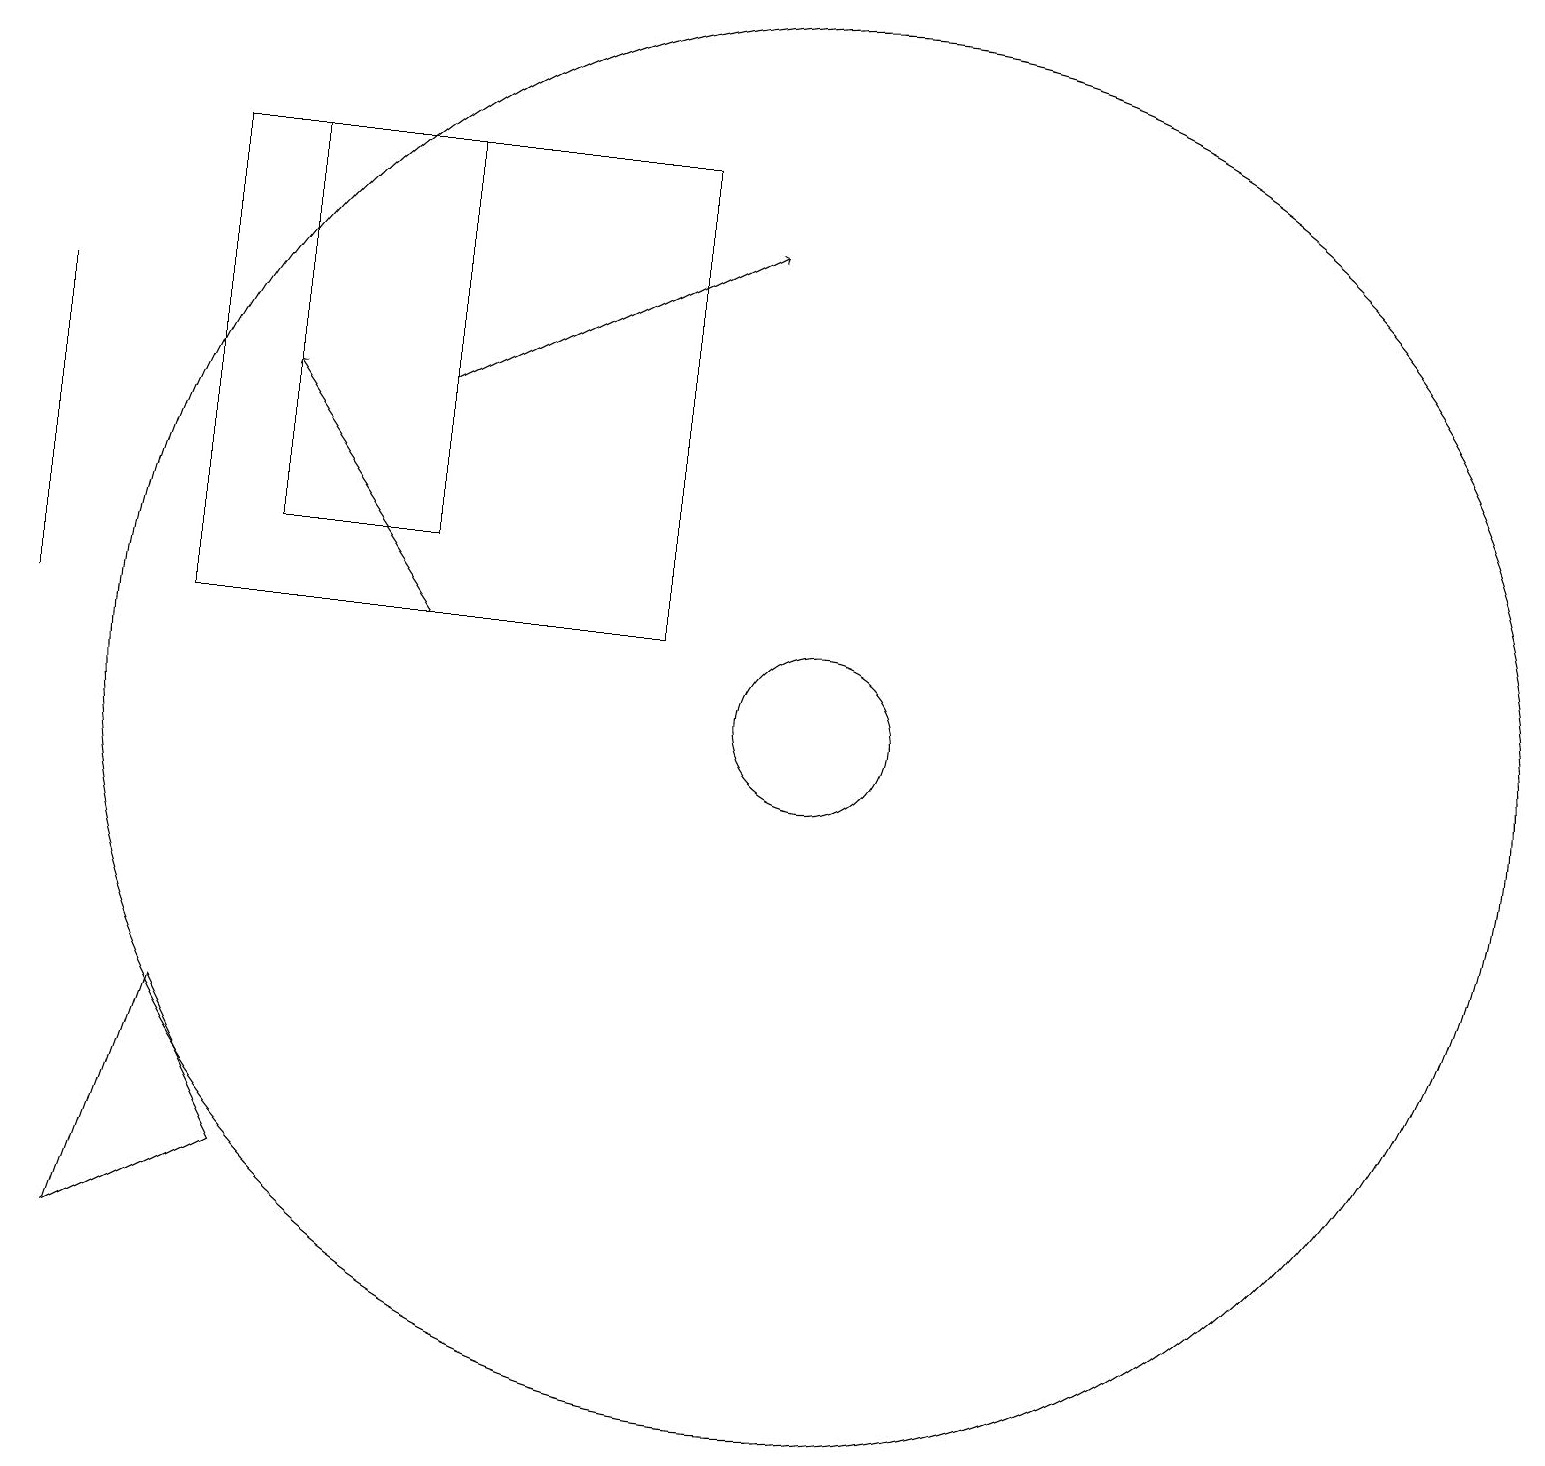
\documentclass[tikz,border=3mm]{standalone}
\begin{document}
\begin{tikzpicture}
\draw[->] (5,11) -- (3,14);
\draw[->] (5,14) -- (9,16);
\draw (10,10) circle (9);
\draw (0,15) rectangle (0,11);
\draw (1,3) -- (3,4) -- (2,6) -- cycle;
\draw (2,17) rectangle (8,11);
\draw (10,10) circle (1);
\draw (3,17) rectangle (5,12);
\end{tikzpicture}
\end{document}